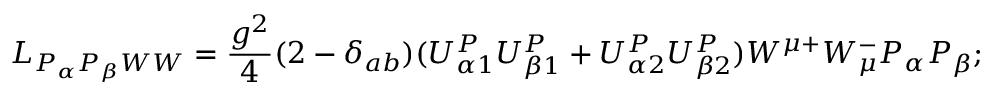
{ \cal L } _ { P _ { \alpha } P _ { \beta } W W } = \frac { g ^ { 2 } } { 4 } ( 2 - \delta _ { a b } ) ( U _ { \alpha 1 } ^ { P } U _ { \beta 1 } ^ { P } + U _ { \alpha 2 } ^ { P } U _ { \beta 2 } ^ { P } ) W ^ { \mu + } W _ { \mu } ^ { - } P _ { \alpha } P _ { \beta } ;